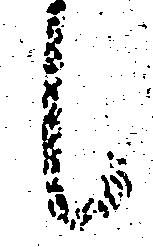
候